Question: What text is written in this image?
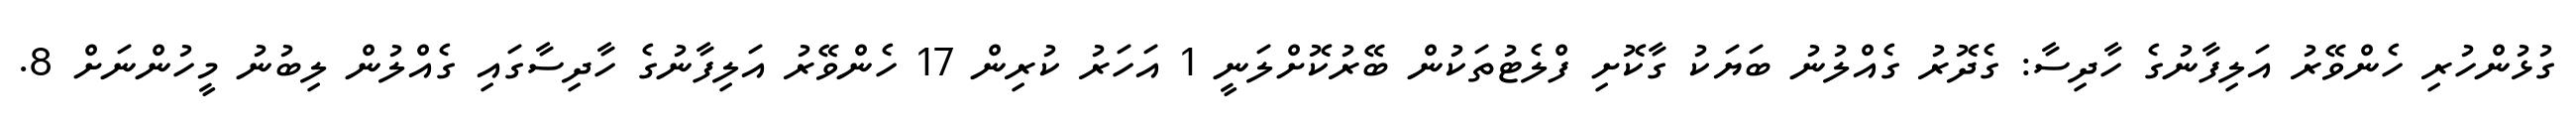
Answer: ގުޅުންހުރި ހެންވޭރު އަލިފާނުގެ ހާދިސާ: ގެދޮރު ގެއްލުނު ބަޔަކު ގާކޮށި ފްލެޓުތަކުން ބޭރުކޮށްލަނީ 1 އަހަރު ކުރިން 17 ހެންވޭރު އަލިފާނުގެ ހާދިސާގައި ގެއްލުން ލިބުނު މީހުންނަށް 8.